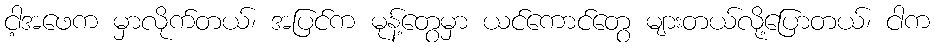
ငါ့အဖေက မှာလိုက်တယ်၊ အပြင်က မုန့်တွေမှာ ယင်ကောင်တွေ များတယ်လို့ပြောတယ်၊ ငါက